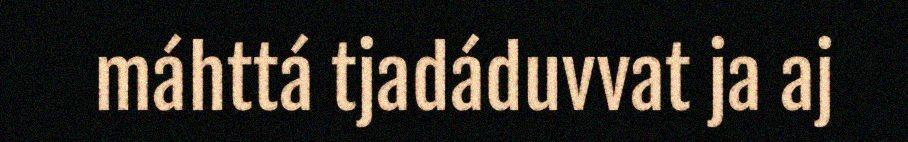
máhttá tjadáduvvat ja aj